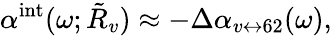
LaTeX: \alpha^{\mathrm{int}}(\omega;\tilde{R}_{v})\approx-\Delta\alpha_{v\leftrightarrow 62}(\omega),